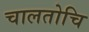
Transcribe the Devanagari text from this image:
चालतोचि